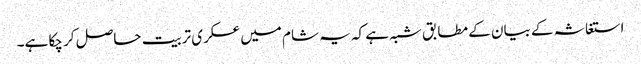
استغاثہ کے بیان کے مطابق شبہ ہے کہ یہ شام میں عسکری تربیت حاصل کر چکا ہے۔